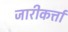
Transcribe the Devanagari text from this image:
जारीकर्त्ता